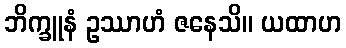
ဘိက္ခူနံ ဥဿာဟံ ဇနေသိ။ ယထာဟ